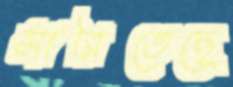
সারিতেছে